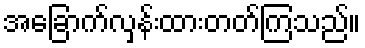
အခြောက်လှန်းထားတတ်ကြသည်။